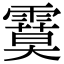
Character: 𩄻